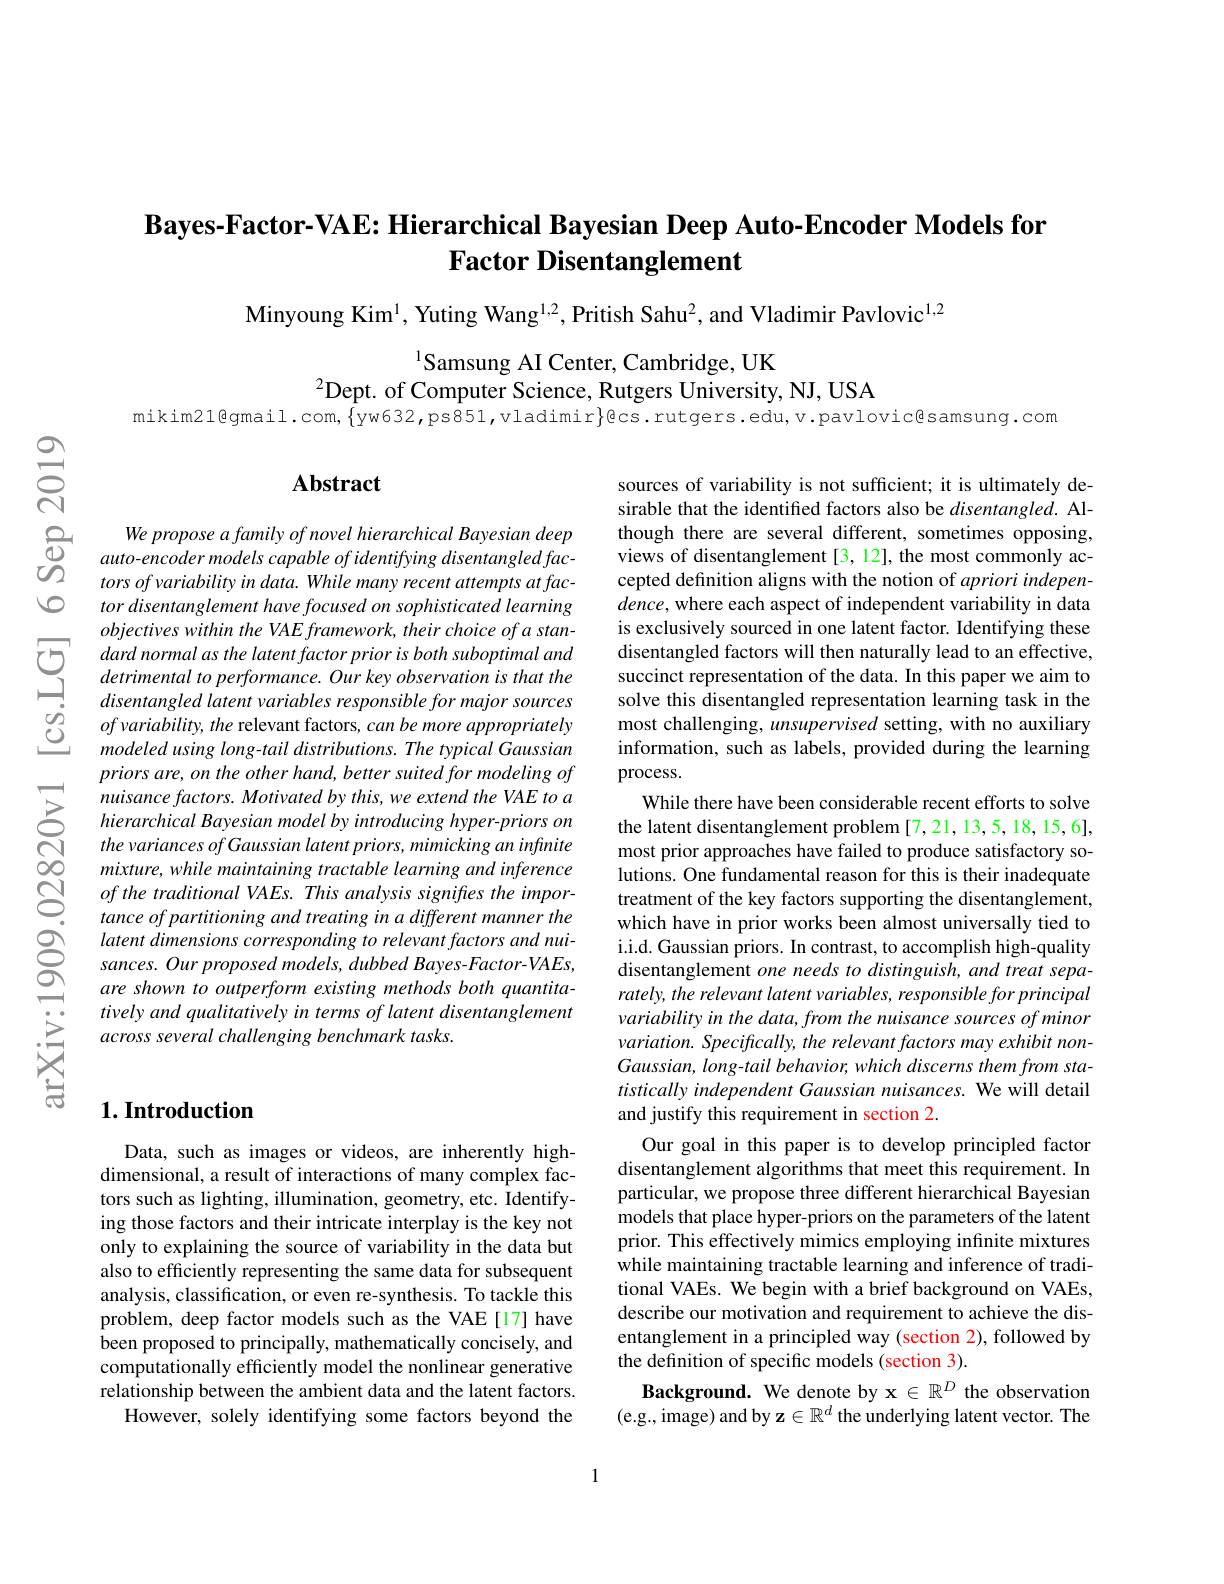
# $\textbf{Bayes- Factor- VAE: Hierarchical Bayesian Deep Auto- Encoder Models for}$ Factor Disentanglement

Minyoung Kim$^{1}$, Yuting Wang$^{1,2}$, Pritish Sahu$^{2}$, and Vladimir Pavlovic$^{1,2}$

$^{1}$Samsung AI Center, Cambridge, UK
$^{2}$Dept. of Computer Science, Rutgers University, NJ, USA
mikim21@gmail.com, $\{$yw632,ps851,vladimir}Qcs.rutgers.edu,v.pavlovic@samsung.com

$\textcircled{1}$

$ଶ୍ନି$

## $\mathbf{Abstract}$

$\begin{array}{ccc}\text{D}&\text{We propose a family of novel hierarchical Bayesian deep}\\\text{D}&\text{auto-encoder models capable of identifying disentangled fac-}\\\text{D}&\text{tors of variability in data. While many recent attempts at fac-}\end{array}$
tor disentanglement have focused on sophisticated learning $objectiveswithintheVAEframework,theirchoiceofastan-$
dard normal as the latent factor prior is bonth subopimal anddisentangled factors will then naturally lead ton effective, derimental porformance. Our key observation is that the succinct representation of the data. In this paper we aim to Prise
of variability, the relevant factors, can be more appropriately modeled using long-tail distributions. The typical Gaussian priors are, on the other hand, better suited for modeling of nuisance factors. Motivated by this, we extend the VAE to a hierarchical Bayesian model by introducing hyper-priors on the variances of Gaussian latent priors, mimicking an infinite mixture, while maintaining tractable learning and inference of the traditional VAEs. This analysis signifies the importance of partitioning and treating in a different manner the latent dimensions corresponding to relevant factors and nuisances. Our proposed models, dubbed Bayes-Factor-VAEs, are shown to outperform existing methods both quantitatively and qualitatively in terms of latent disentanglement across several challenging benchmark tasks.

## $1. \textbf{Introduction}$

Data, such as images or videos, are inherently highdimensional, a result of interactions of many complex factors such as lighting, illumination, geometry, etc. Identifying those factors and their intricate interplay is the key not only to explaining the source of variability in the data but also to efficiently representing the same data for subsequent analysis, classification, or even re-synthesis. To tackle this problem, deep factor models such as the VAE [17] have been proposed to principally, mathematically concisely, and computationally efficiently model the nonlinear generative relationship between the ambient data and the latent factors.
However, solely identifying some factors beyond the

sources of variability is not sufficient; it is ultimately desirable that the identified factors also be $disentangled.$ Although there are several different, sometimes opposing, views of disentanglement [3, 12], the most commonly accepted definition aligns with the notion of apriori indepen- $dence$, where each aspect of independent variability in data is exclusively sourced in one latent factor. Identifying these most challenging, unsupervised setting, with no auxiliary information, such as labels, provided during the learning process.
While there have been considerable recent efforts to solve the latent disentanglement problem [7,21,13,5,18,15,6], most prior approaches have failed to produce satisfactory solutions. One fundamental reason for this is their inadequate treatment of the key factors supporting the disentanglement, which have in prior works been almost universally tied to i.i.d. Gaussian priors. In contrast, to accomplish high-quality disentanglement one needs to distinguish, and treat separately, the relevant latent variables, responsible for principal variability in the data, from the nuisance sources of minor variation. Specifically, the relevant factors may exhibit nonGaussian, long-tail behavior, which discerns them from statistically independent Gaussian nuisances. We will detail and justify this requirement in section 2.
Our goal in this paper is to develop principled factor disentanglement algorithms that meet this requirement. In particular, we propose three different hierarchical Bayesian models that place hyper-priors on the parameters of the latent prior. This effectively mimics employing infinite mixtures while maintaining tractable learning and inference of traditional VAEs. We begin with a brief background on VAEs, describe our motivation and requirement to achieve the disentanglement in a principled way (section 2), followed by the definition of specific models (section 3).
Background. We denote by $\mathbf{x}\in\mathbb{R}^D$ the observation (e.g., image) and by z$\in\mathbb{R}^d$ the underlying latent vector. The

1